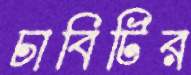
চাবিটির